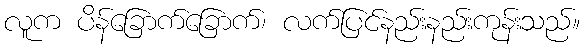
လူက ပိန်ခြောက်ခြောက်၊ လက်ပြင်နည်းနည်းကုန်းသည်။